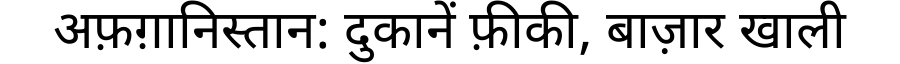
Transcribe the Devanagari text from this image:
अफ़ग़ानिस्तान: दुकानें फ़ीकी, बाज़ार खाली